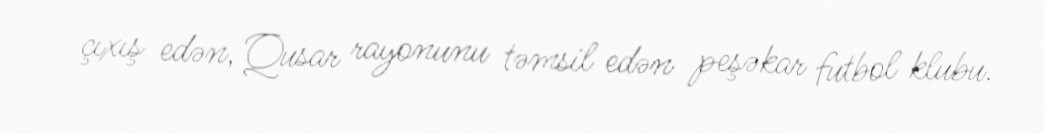
çıxış edən, Qusar rayonunu təmsil edən peşəkar futbol klubu.